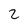
Character: 2